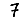
Digit: 7